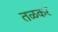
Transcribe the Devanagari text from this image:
तळकर